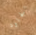
الجلود